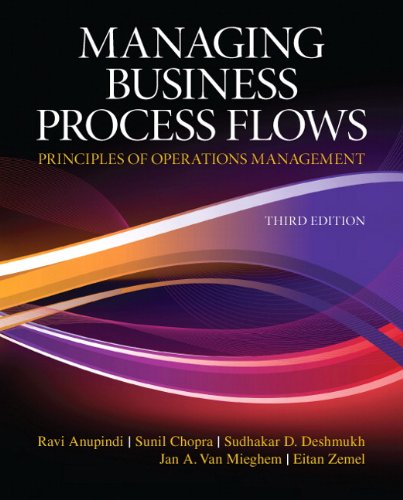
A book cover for Managing Business Process Flows (3rd Edition); Ravi Anupindi; Business & Money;